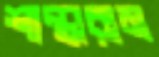
শান্তারাম